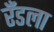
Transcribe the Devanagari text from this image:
रँडला